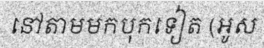
នៅតាមមកបុកទៀត (អូស